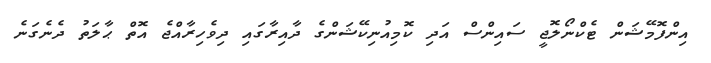
އިންފޮމޭޝަން ޓެކްނޯލޮޖީ ސައިންސް އަދި ކޮމިއުނިކޭޝަންގެ ދާއިރާގައި ދިވެހިރާއްޖެ އޮތް ޙާލަތު ދެނެގަނެ